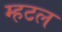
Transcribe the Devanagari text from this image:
म्हटल